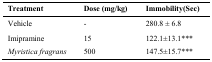
| Treatment | Dose (mg/kg) | Immobility(Sec) |
 | --- | --- | --- |
 | Vehicle | - | 280.8 ± 6.8 |
 | Imipramine | 15 | 122.1±13.1*** |
 | Myristica fragrans | 500 | 147.5±15.7*** |